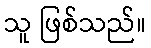
သူ ဖြစ်သည်။